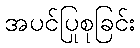
အပင်ပြုစုခြင်း